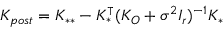
K _ { p o s t } = K _ { * * } - K _ { * } ^ { \intercal } ( K _ { O } + \sigma ^ { 2 } I _ { r } ) ^ { - 1 } K _ { * }